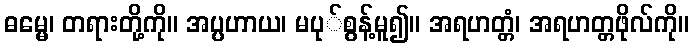
ဓမ္မေ၊ တရားတို့ကို။ အပ္ပဟာယ၊ မပု်စွန့်မူ၍။ အရဟတ္တံ၊ အရဟတ္တဖိုလ်ကို။